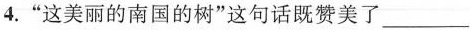
4.“这美丽的南国的树”这句话既赞美了___